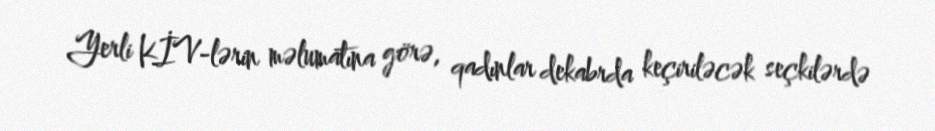
Yerli KİV-lərin məlumatına görə, qadınlar dekabrda keçiriləcək seçkilərdə